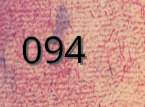
094